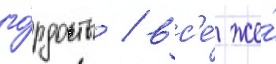
го́рдость / вс'е́ же́